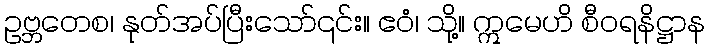
ဥဗ္ဘတေစ၊ နုတ်အပ်ပြီးသော်၎င်း။ ဧဝံ၊ သို့။ ဣမေဟိ စီဝရနိဋ္ဌာန